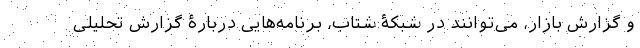
و گزارش بازار، می‌توانند در شبکۀ شتاب، برنامه‌هایی دربارۀ گزارش تحلیلی